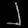
Digit: ၂